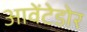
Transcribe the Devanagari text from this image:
आवेंटेडोर